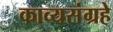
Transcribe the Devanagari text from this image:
काव्यसंग्रहे